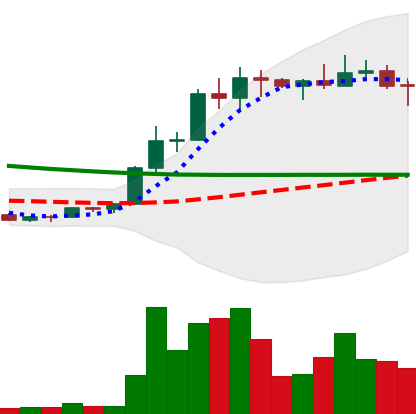
Ticker: ETC-USD
Chart end date: 2022-04-01
Forward return: -18.532%
Label: down_7plus